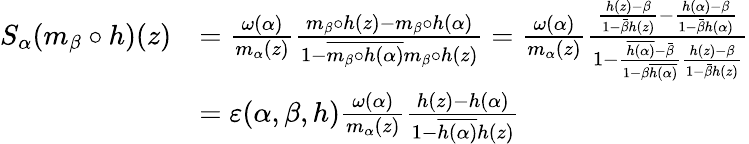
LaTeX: \begin{array}{rl}{S_{\alpha}(m_{\beta}\circ h)(z)}&{=\frac{\omega(\alpha)}{m_{\alpha}(z)}\frac{m_{\beta}\circ h(z)-m_{\beta}\circ h(\alpha)}{1-\overline{{m_{\beta}\circ h(\alpha)}}m_{\beta}\circ h(z)}=\frac{\omega(\alpha)}{m_{\alpha}(z)}\frac{\frac{h(z)-\beta}{1-\bar{\beta}h(z)}-\frac{h(\alpha)-\beta}{1-\bar{\beta}h(\alpha)}}{1-\frac{\overline{{h(\alpha)}}-\bar{\beta}}{1-\beta\overline{{h(\alpha)}}}\frac{h(z)-\beta}{1-\bar{\beta}h(z)}}}\\ &{=\varepsilon(\alpha,\beta,h)\frac{\omega(\alpha)}{m_{\alpha}(z)}\frac{h(z)-h(\alpha)}{1-\overline{{h(\alpha)}}h(z)}}\end{array}